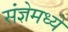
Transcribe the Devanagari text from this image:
संज्ञेमध्ये